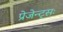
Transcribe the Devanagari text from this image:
प्रेजेन्ट्सः